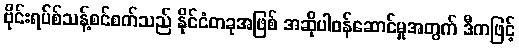
ဗိုင်းရပ်စ်သန့်စင်စက်သည် နိုင်ငံတခုအဖြစ် အဆိုပါဝန်ဆောင်မှုအတွက် ဒီကဖြင့်